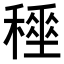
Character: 𥢤